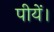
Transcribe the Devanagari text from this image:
पीयें।